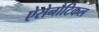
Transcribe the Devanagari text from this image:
ऐरोनौटिकल